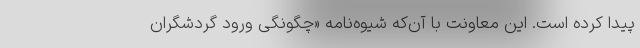
پیدا کرده است. این معاونت با آن‌که شیوه‌نامه «چگونگی ورود گردشگران